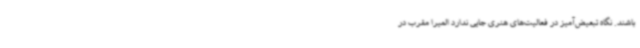
باشند. نگاه تبعیض‌آمیز در فعالیت‌های هنری جایی ندارد المیرا مقرب در